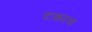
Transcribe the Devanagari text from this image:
टकाच